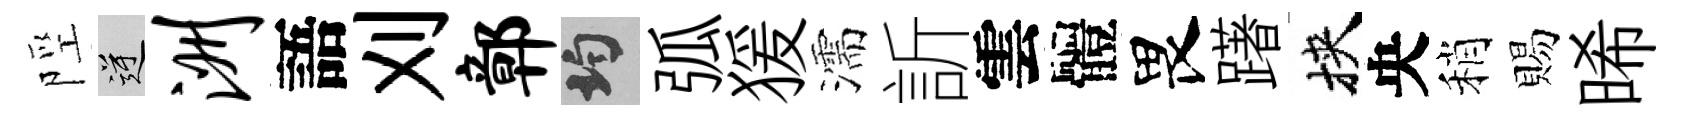
陘逆洲語刈鄣均弧猨濡訢雲體畏躇挾央稍賜晞